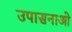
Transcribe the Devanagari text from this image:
उपासनाओ